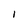
Character: I